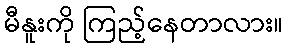
မီနူးကို ကြည့်နေတာလား။